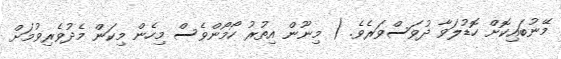
މޭނުބައިކޮށް ހޮޑުލަވާ ދުވަސްވަރެވެ. ( މިނޫން އިތުރު ހޯމޯންވެސް މިހެން މިކަން މެދުވެރިވުމަށް